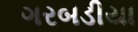
ગરબડીયા